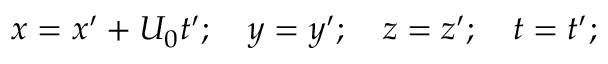
x = x ^ { \prime } + U _ { 0 } t ^ { \prime } ; ~ ~ ~ y = y ^ { \prime } ; ~ ~ ~ z = z ^ { \prime } ; ~ ~ ~ t = t ^ { \prime } ;